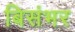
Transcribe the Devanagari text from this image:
बिसंभर